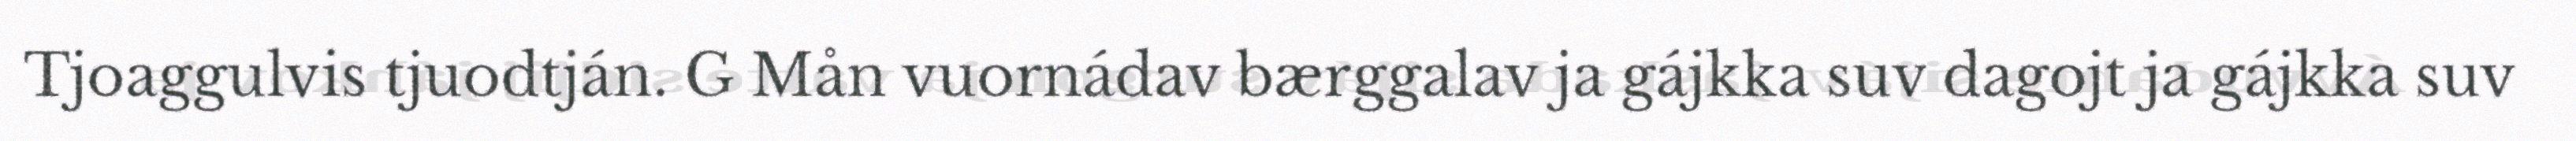
Tjoaggulvis tjuodtján. G Mån vuornádav bærggalav ja gájkka suv dagojt ja gájkka suv